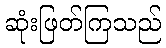
ဆုံးဖြတ်ကြသည်